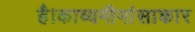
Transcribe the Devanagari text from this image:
है।काव्यमीमांसाकार